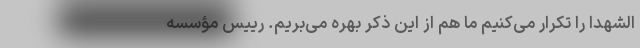
الشهدا را تکرار می‌کنیم ما هم از این ذکر بهره می‌بریم. رییس مؤسسه